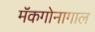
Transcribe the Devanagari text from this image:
मॅकगोनागाल